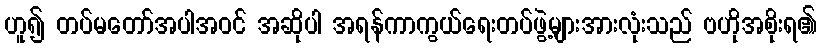
ဟူ၍ တပ်မတော်အပါအဝင် အဆိုပါ အရန်ကာကွယ်ရေးတပ်ဖွဲ့များအားလုံးသည် ဗဟိုအစိုးရ၏